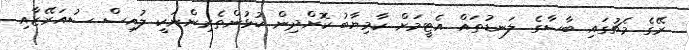
ރޭގެ މެޗުގައި ބާސާގެ ލަނޑުތައް އެޓީމަށް ކާމިޔާބު ކޮށްދިން ކުޅުންތެރިންނަކީ ލުއިސް ސުއަރޭޒާއި